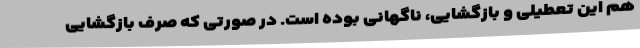
هم این تعطیلی و بازگشایی، ناگهانی بوده است. در صورتی که صرف بازگشایی